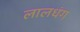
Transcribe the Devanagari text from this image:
लालधंग